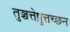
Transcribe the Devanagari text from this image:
तुञ्चत्तेष़ुत्तच्छन